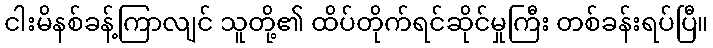
ငါးမိနစ်ခန့်ကြာလျင် သူတို့၏ ထိပ်တိုက်ရင်ဆိုင်မှုကြီး တစ်ခန်းရပ်ပြီ။